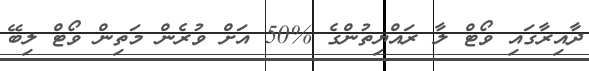
ދާއިރާގައި ވޯޓް ލާ ރައްޔިތުންގެ %50 އަށް ވުރެން މަތިން ވޯޓް ލިބޭ